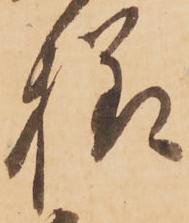
様